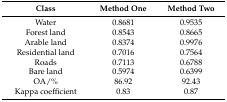
| Class | Method One | Method Two |
 | --- | --- | --- |
 | Water | 0.8681 | 0.9535 |
 | Forest land | 0.8543 | 0.8665 |
 | Arable land | 0.8374 | 0.9976 |
 | Residential land | 0.7016 | 0.7564 |
 | Roads | 0.7113 | 0.6788 |
 | Bare land | 0.5974 | 0.6399 |
 | OA/% | 86.92 | 92.43 |
 | Kappa coefficient | 0.83 | 0.87 |